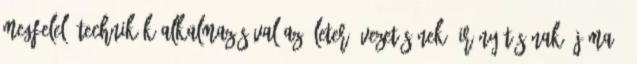
megfelelő technikák alkalmazásával az életerő vezetésének, irányításának ájáma ,